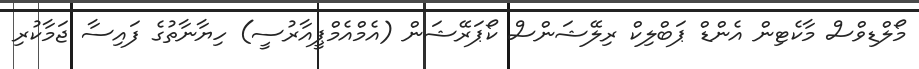
މޯލްޑިވްސް މާކެޓިން އެންޑް ޕަބްލިކް ރިލޭޝަންސް ކޯޕަރޭޝަން (އެމްއެމްޕީއާރުސީ) ހިޔާނާތުގެ ފައިސާ ޖަމާކުރި